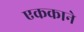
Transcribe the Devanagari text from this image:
एककाने